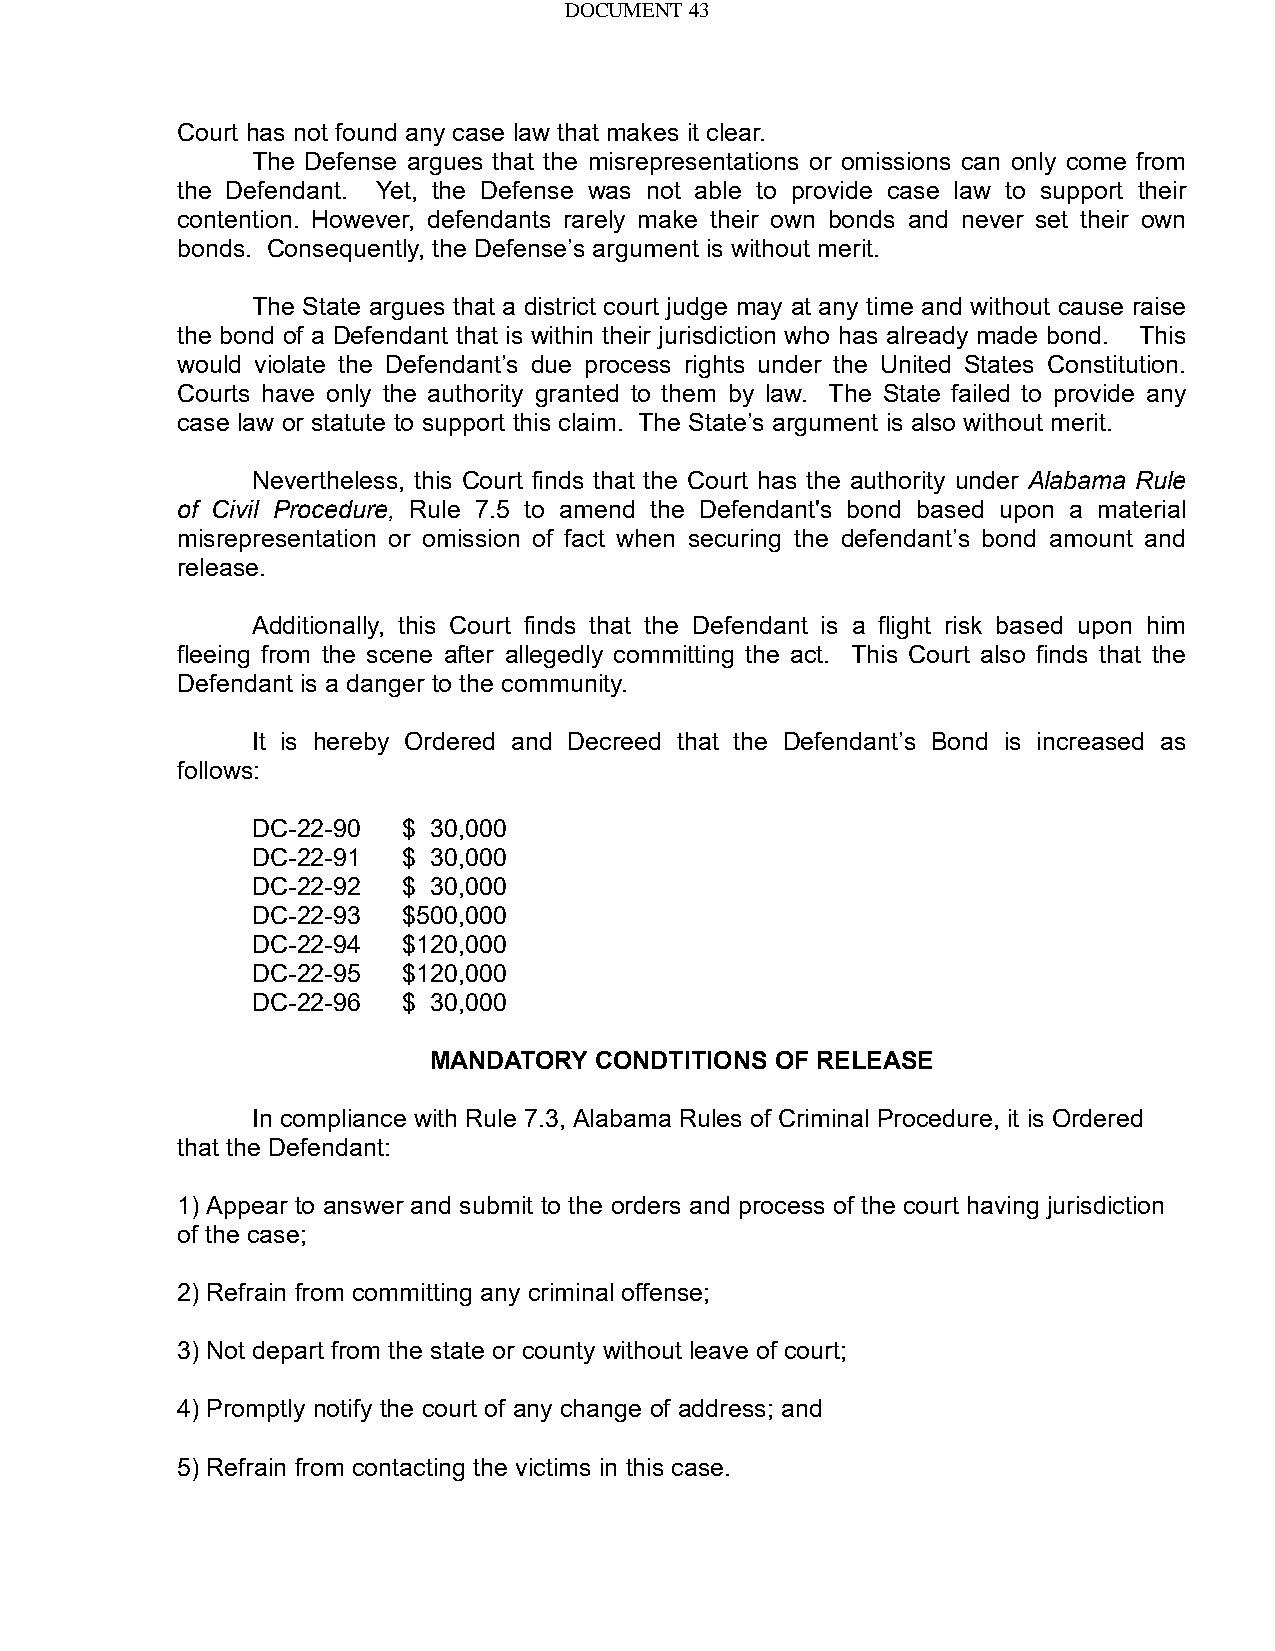
DOCUMENT 43
 Court has not found any case law that makes it clear.
 The Defense argues that the misrepresentations or omissions can only come from
 the Defendant. Yet, the Defense was not able to provide case law to support their
 contention. However, defendants rarely make their own bonds and never set their own
 bonds. Consequently, the Defense’s argument is without merit.
 The State argues that a district court judge may at any time and without cause raise
 the bond of a Defendant that is within their jurisdiction who has already made bond. This
 would violate the Defendant’s due process rights under the United States Constitution.
 Courts have only the authority granted to them by law. The State failed to provide any
 case law or statute to support this claim. The State’s argument is also without merit.
 Nevertheless, this Court finds that the Court has the authority under Alabama Rule
 of Civil Procedure, Rule 7.5 to amend the Defendant's bond based upon a material
 misrepresentation or omission of fact when securing the defendant’s bond amount and
 release.
 Additionally, this Court finds that the Defendant is a flight risk based upon him
 fleeing from the scene after allegedly committing the act. This Court also finds that the
 Defendant is a danger to the community.
 It is hereby Ordered and Decreed that the Defendant’s Bond is increased as
 follows:
 DC-22-90  $ 30,000
 DC-22-91  $ 30,000
 DC-22-92  $ 30,000
 DC-22-93  $500,000
 DC-22-94  $120,000
 DC-22-95  $120,000
 DC-22-96  $ 30,000
 MANDATORY  CONDTITIONS OF RELEASE
 In compliance with Rule 7.3, Alabama Rules of Criminal Procedure, it is Ordered
 that the Defendant:
 1) Appear to answer and submit to the orders and process of the court having jurisdiction
 of the case;
 2) Refrain from committing any criminal offense;
 3) Not depart from the state or county without leave of court;
 4) Promptly notify the court of any change of address; and
 5) Refrain from contacting the victims in this case.